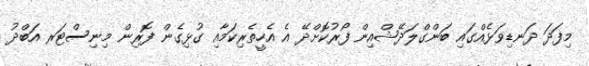
މިފަދަ ދަނޑިވަޅެއްގައި ބަންގްލަދޭޝްއިން ފޯރުކޮށްދޭ އެ އެހީތެރިކަމާއި ގުޅިގެން ފޮރިން މިނިސްޓަރ އަބްދު